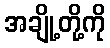
အချို့တို့ကို